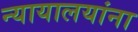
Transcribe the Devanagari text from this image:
न्यायालयांना